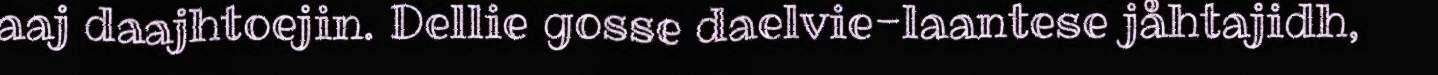
aaj daajhtoejin. Dellie gosse daelvie-laantese jåhtajidh,